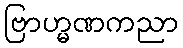
ဗြာဟ္မဏကညာ